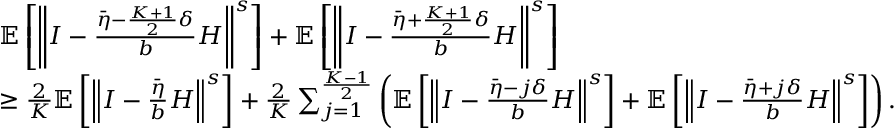
\begin{array} { r l } & { \mathbb { E } \left[ \left\Vert I - \frac { \bar { \eta } - \frac { K + 1 } { 2 } \delta } { b } H \right\Vert ^ { s } \right] + \mathbb { E } \left[ \left\Vert I - \frac { \bar { \eta } + \frac { K + 1 } { 2 } \delta } { b } H \right\Vert ^ { s } \right] } \\ & { \geq \frac { 2 } { K } \mathbb { E } \left[ \left\Vert I - \frac { \bar { \eta } } { b } H \right\Vert ^ { s } \right] + \frac { 2 } { K } \sum _ { j = 1 } ^ { \frac { K - 1 } { 2 } } \left( \mathbb { E } \left[ \left\Vert I - \frac { \bar { \eta } - j \delta } { b } H \right\Vert ^ { s } \right] + \mathbb { E } \left[ \left\Vert I - \frac { \bar { \eta } + j \delta } { b } H \right\Vert ^ { s } \right] \right) . } \end{array}